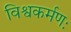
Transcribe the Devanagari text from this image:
विश्वकर्मणः